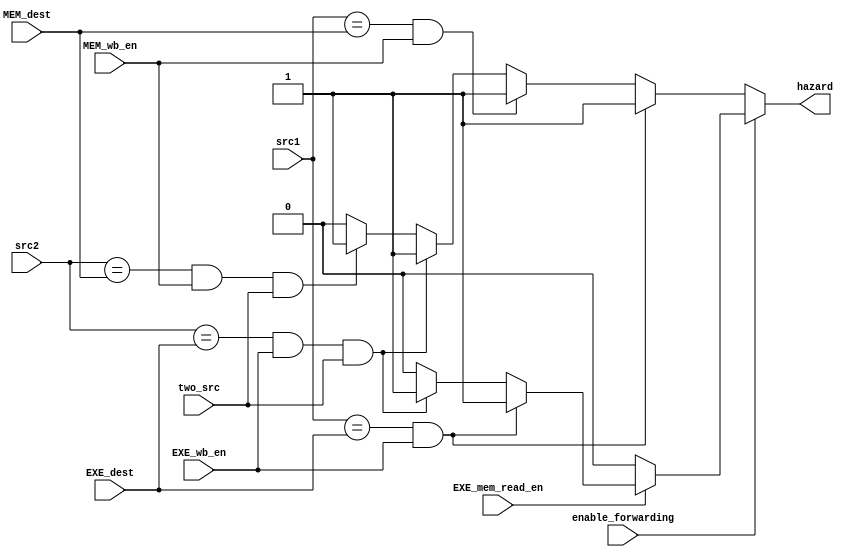
module HazardDetectionUnit(enable_forwarding, EXE_mem_read_en, two_src, EXE_wb_en, MEM_wb_en, src1, src2, EXE_dest, MEM_dest, hazard);
    input two_src, EXE_wb_en, MEM_wb_en, enable_forwarding, EXE_mem_read_en;
    input [3:0]src1, src2;
    input [3:0]EXE_dest, MEM_dest;

    output hazard;

    wire hazard_without_forwarding, hazard_with_forwarding;

    assign hazard_with_forwarding = ~EXE_mem_read_en ? 1'b0
            : ((src1 == EXE_dest) && (EXE_wb_en == 1'b1)) ? 1'b1
            : ((src2 == EXE_dest) && (EXE_wb_en == 1'b1) && (two_src == 1'b1)) ? 1'b1
            : 1'b0;

    assign hazard_without_forwarding = ((src1 == EXE_dest) && (EXE_wb_en == 1'b1)) ? 1'b1
            : ((src1 == MEM_dest) && (MEM_wb_en == 1'b1)) ? 1'b1
            : ((src2 == EXE_dest) && (EXE_wb_en == 1'b1) && (two_src == 1'b1)) ? 1'b1
            : ((src2 == MEM_dest) && (MEM_wb_en == 1'b1) && (two_src == 1'b1)) ? 1'b1
            : 1'b0;

    assign hazard = enable_forwarding ? hazard_with_forwarding : hazard_without_forwarding;

endmodule